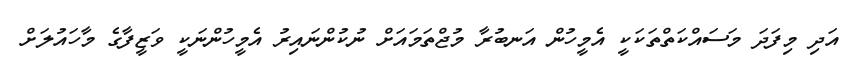
އަދި މިފަދަ މަސައްކަތްތަކަކީ އެމީހުން އަނބުރާ މުޖްތަމައަށް ނުކުންނައިރު އެމީހުންނަކީ ވަޒީފާގެ މާހައުލަށް